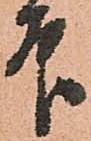
印